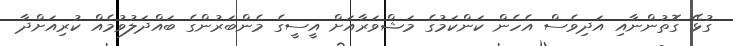
ގުޅޭ ގޮތުންނާއި އަދިވެސް އެހެން ކަންކަމުގެ މަޝްވަރާއަށް އީސީގެ މެންބަރުންގެ ބައްދަލުވުމެއް ކުރިއަށްދާ